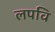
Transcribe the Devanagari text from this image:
लपवि